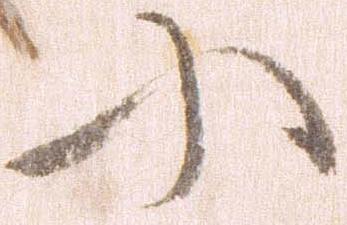
に